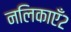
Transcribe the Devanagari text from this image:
नलिकाएँ२